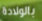
بالولادة